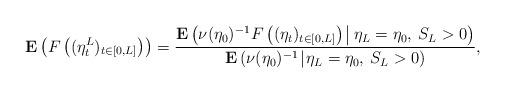
LaTeX: \begin{align*}\mathbf{E}\left(F\left((\eta^L_t)_{t\in[0,L]}\right)\right)=\frac{\mathbf{E}\left(\nu(\eta_0)^{-1}F\left((\eta_t)_{t\in[0,L]}\right)\:\vline\:\eta_L=\eta_0,\:S_L>0\right)}{\mathbf{E}\left(\nu(\eta_0)^{-1}\:\vline\:\eta_L=\eta_0,\:S_L>0\right)},\end{align*}